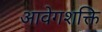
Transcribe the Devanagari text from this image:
आवेगशक्ति